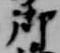
御